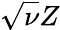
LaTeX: \sqrt{\nu}Z